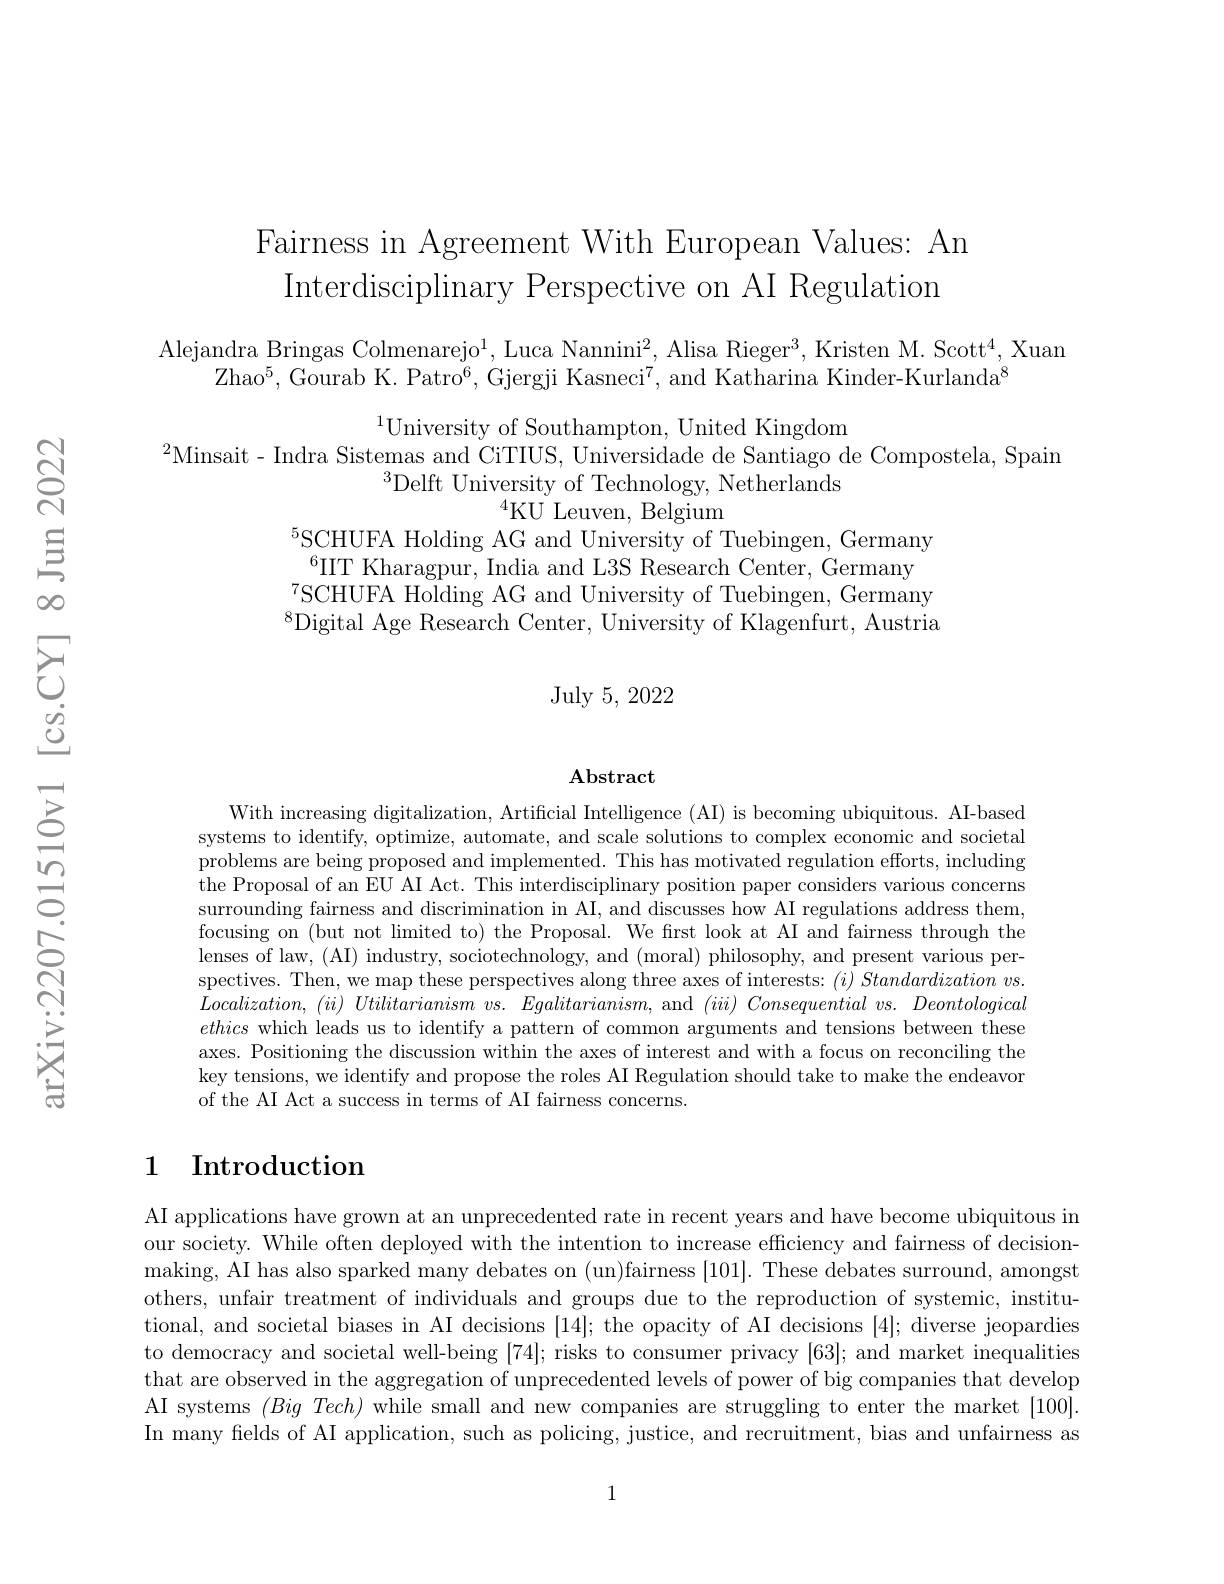
Fairness in Agreement With European Values: An
Interdisciplinary Perspective on AI Regulation

Alejandra Bringas Colmenarejo$^1$,Luca Nannini$^2$,Alisa Rieger$^3$,Kristen M. Scott$^4$,Xuan
Zhao$^5$,Gourab K. Patro$^6$, Gjergji Kasneci$^7$, and Katharina Kinder-Kurlanda$^8$

$^{1}$University of Southampton, United Kingdom
$^{2}$Minsait- Indra Sistemas and CiTIUS, Universidade de Santiago de Compostela, Spain
$^3$Delft University of Technology, Netherlands
$^{4}$KU Leuven, Belgium
$^{5}$SCHUFA Holding AG and University of Tuebingen, Germany $^{6}$IIT Kharagpur, India and L3S Research Center, Germany $\mathrm{~}^{7}$SCHUFA Holding AG and University of Tuebingen, Germany $^{8}$Digital Age Research Center, University of Klagenfurt, Austria

${\mathrm{July~5,~2022}}$

### $\mathbf{Abstract}$

With increasing digitalization, Artificial Intelligence (AI) is becoming ubiquitous. AI-based systems to identify, optimize, automate, and scale solutions to complex economic and societal problems are being proposed and implemented. This has motivated regulation efforts, including the Proposal of an EU AI Act. This interdisciplinary position paper considers various concerns surrounding fairness and discrimination in AI, and discusses how AI regulations address them, focusing on (but not limited to) the Proposal. We frst look at AI and fairness through the lenses of law, (AI) industry, sociotechnology, and (moral) philosophy, and present various perspectives. Then, we map these perspectives along three axes of interests: $( i) \textit{ Standardization vs. }$ $Localization$, $( ii)$ Utilitarianism $vs.$ $Egalitarianism$, and $( iii)$ Consequential $vs.$ Deontological ethics which leads us to identify a pattern of common arguments and tensions between these axes. Positioning the discussion within the axes of interest and with a focus on reconciling the key tensions, we identify and propose the roles AI Regulation should take to make the endeavor of the AI Act a success in terms of AI fairness concerns.

# 1 Introduction

AI applications have grown at an unprecedented rate in recent years and have become ubiquitous in our society. While often deployed with the intention to increase efficiency and fairness of decisionmaking, AI has also sparked many debates on ( un) fairness [ 101] . These debates surround, amongst others, unfair treatment of individuals and groups due to the reproduction of systemic, institutional, and societal biases in AI decisions [14]; the opacity of AI decisions [4]; diverse jeopardies to democracy and societal well-being [74]; risks to consumer privacy [63]; and market inequalities that are observed in the aggregation of unprecedented levels of power of big companies that develop AI systems $( Big\textit{Tech) while small and new companies are struggling to enter the market [ 100] . }$ In many fields of AI application, such as policing, justice, and recruitment, bias and unfairness as

1